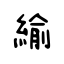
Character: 緰